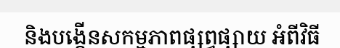
និងបង្កើនសកម្មភាពផ្សព្វផ្សាយ អំពីវិធី